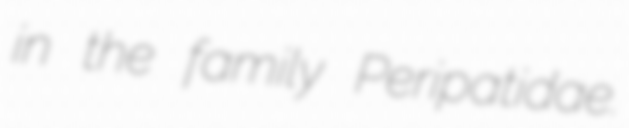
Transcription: in the family Peripatidae.